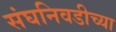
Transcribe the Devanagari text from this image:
संघनिवडीच्या